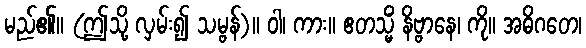
မည်၏။ (ဤသို့ လှမ်း၍ သမ္ဗန်)။ ဝါ၊ ကား။ ဧတသ္မိံ နိဗ္ဗာနေ၊ ကို။ အဓိဂတေ၊